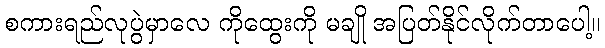
စကားရည်လုပွဲမှာလေ ကိုထွေးကို မချို အပြတ်နိုင်လိုက်တာပေါ့။